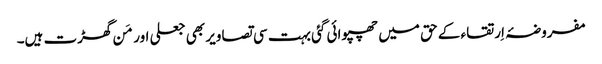
مفروضۂ اِرتقاء کے حق میں چھپوائی گئی بہت سی تصاویر بھی جعلی اور مَن گھڑت ہیں۔